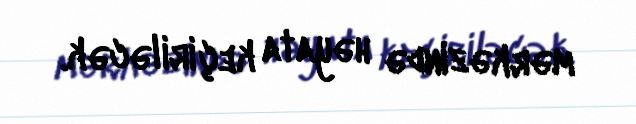
mərkəzində həyata keçiriləcək.